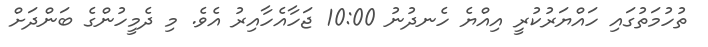
ތުހުމަތުގައި ހައްޔަރުކުރީ އިއްޔެ ހެނދުނު 10:00 ޖަހާއެހާއިރު އެވެ. މި ދެމީހުންގެ ބަންދަށް